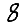
Digit: 8